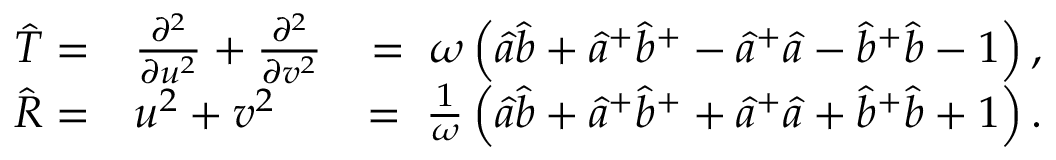
\begin{array} { r l r } { { \hat { T } } = } & { { } \frac { \partial ^ { 2 } } { \partial { u } ^ { 2 } } + \frac { \partial ^ { 2 } } { \partial { v } ^ { 2 } } } & { = \; \omega \left( { \hat { a } } { \hat { b } } + { { \hat { a } } } ^ { + } { { \hat { b } } } ^ { + } - { { \hat { a } } } ^ { + } { \hat { a } } - { { \hat { b } } } ^ { + } { \hat { b } } - 1 \right) , } \\ { { \hat { R } } = } & { { } { u } ^ { 2 } + { v } ^ { 2 } } & { = \; \frac { 1 } { \omega } \left( { \hat { a } } { \hat { b } } + { { \hat { a } } } ^ { + } { { \hat { b } } } ^ { + } + { { \hat { a } } } ^ { + } { \hat { a } } + { { \hat { b } } } ^ { + } { \hat { b } } + 1 \right) . } \end{array}